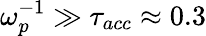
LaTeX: \omega_{p}^{-1}\gg\tau_{acc}\approx 0.3